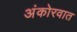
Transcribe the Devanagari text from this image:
अंकोरवात